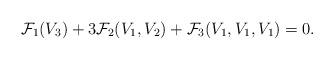
LaTeX: \begin{align*}\mathcal{F}_1(V_3)+3\mathcal{F}_2(V_1,V_2)+\mathcal{F}_3(V_1,V_1,V_1)=0.\end{align*}